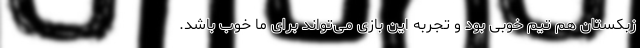
زبکستان هم تیم خوبی بود و تجربه این بازی می‌تواند برای ما خوب باشد.